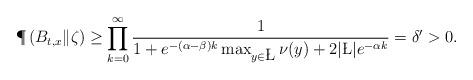
LaTeX: \begin{align*}\P\left( B_{t, x}\| \zeta\right)\geq \prod\limits_{k=0}^{\infty}\frac{1}{1+e^{-(\alpha-\beta)k}\max_{y\in \L}\nu(y)+2|\L|e^{-\alpha k}}=\delta'>0.\end{align*}